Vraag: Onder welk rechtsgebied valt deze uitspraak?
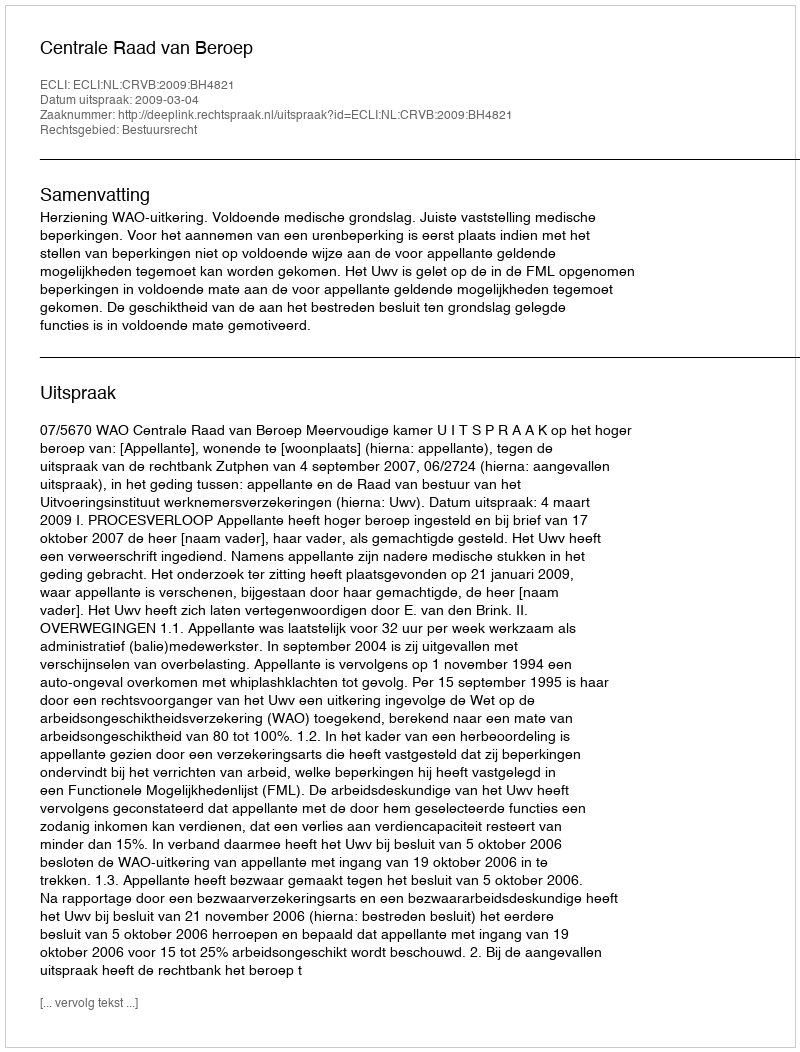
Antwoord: Bestuursrecht